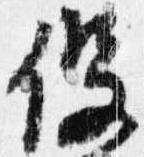
役